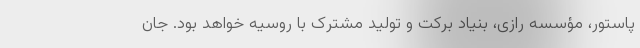
پاستور، مؤسسه رازی، بنیاد برکت و تولید مشترک با روسیه خواهد بود. جان